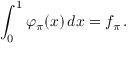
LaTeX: \int _ { 0 } ^ { 1 } \varphi _ { \pi } ( x ) \, d x = f _ { \pi } \, .